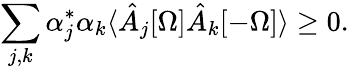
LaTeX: \sum_{j,k}\alpha_{j}^{*}\alpha_{k}\langle\hat{A}_{j}[\Omega]\hat{A}_{k}[-\Omega]\rangle\geq 0.